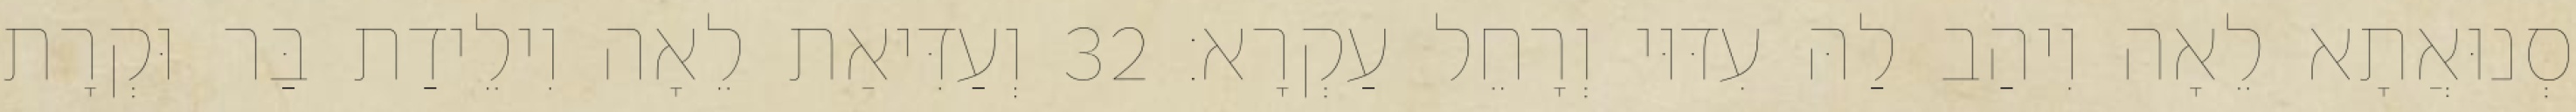
סְנוּאֲתָא לֵאָה וִיהַב לַהּ עִדּוּי וְרָחֵל עַקְרָא׃ 32 וְעַדִּיאַת לֵאָה וִילֵידַת בַּר וּקְרָת